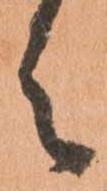
之